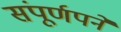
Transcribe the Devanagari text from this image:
संपूर्णपने